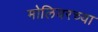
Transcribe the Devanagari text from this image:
मोलियरच्या